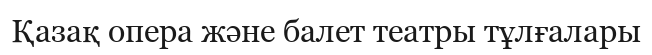
Қазақ опера және балет театры тұлғалары